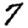
Digit: 7